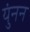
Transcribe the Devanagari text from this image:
युंनन